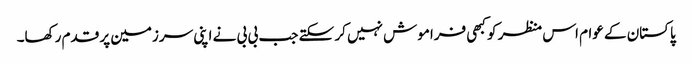
پاکستان کے عوام اس منظر کو کبھی فراموش نہیں کر سکتے جب بی بی نے اپنی سرزمین پر قدم رکھا۔